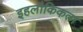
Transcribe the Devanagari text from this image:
इहलौकिकता